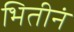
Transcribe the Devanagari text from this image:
भितीनं